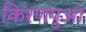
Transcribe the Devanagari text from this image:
किरणपुआ